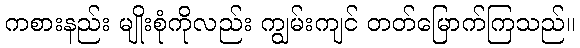
ကစားနည်း မျိုးစုံကိုလည်း ကျွမ်းကျင် တတ်မြောက်ကြသည်။